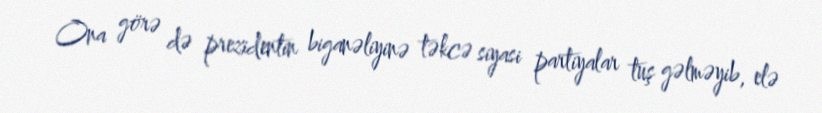
Ona görə də prezidentin biganəliyinə təkcə siyasi partiyalar tuş gəlməyib, elə